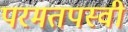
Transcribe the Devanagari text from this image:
परमतपस्वी